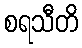
စရသီတိ